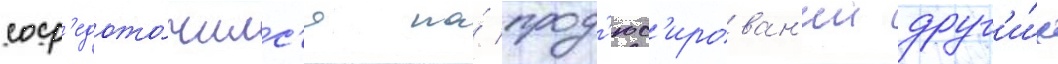
соср'едото́чилс'я на́ прод'юс'ирован'ии друг'и́х